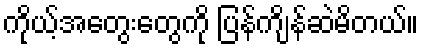
ကိုယ့်အတွေးတွေကို ပြန်ကျိန်ဆဲမိတယ်။